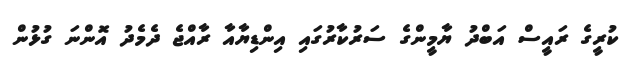
ކުރީގެ ރައީސް އަބްދު ޔާމީންގެ ސަރުކާރުގައި އިންޑިޔާއާ ރާއްޖެ ދެމެދު އޮންނަ ގުޅުން